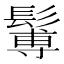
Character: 䰊